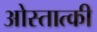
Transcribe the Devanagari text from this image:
ओस्तात्की